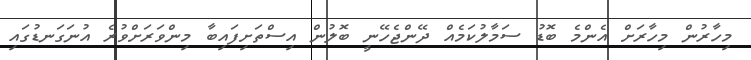
މިހާރުން މިހާރަށް އެންމެ ބޮޑު ސަމާލުކަމެއް ދޭންޖެހޭނީ ބޮލުން އިސްތަށިފައިބާ މިންވަރަށްވުރެ އުނަގަނޑުގައި